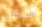
الشمل